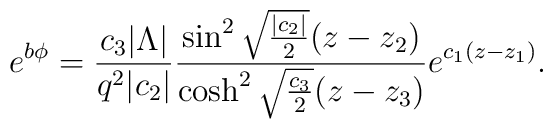
e^{b\phi}={c_3|\Lambda|\over q^2|c_2|}{\sin^2\sqrt{{|c_2|\over2}}(z-z_2)\over\cosh^2\sqrt{c_3\over 2}(z-z_3)}e^{c_1(z-z_1)}.